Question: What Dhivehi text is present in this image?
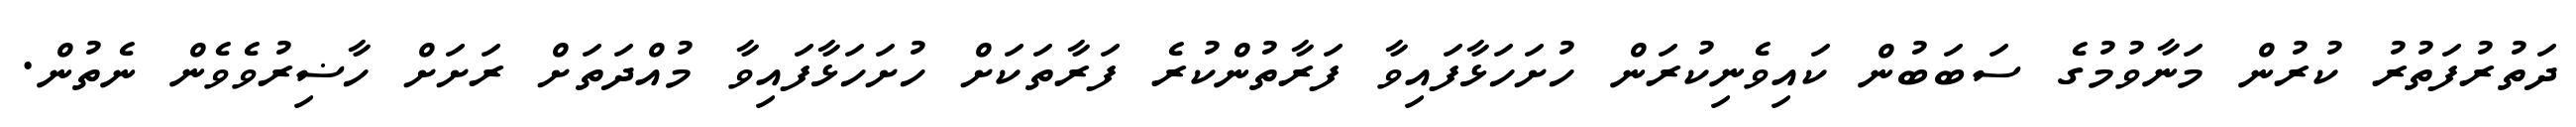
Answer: ދަތުރުފަތުރު ކުރުން މަނާވުމުގެ ސަބަބުން ކައިވެނިކުރަން ހުށަހަޅާފައިވާ ފަރާތުންކުރެ ފަރާތަކަށް ހުށަހަޅާފައިވާ މުއްދަތަށް ރަށަށް ހާޟިރުވެވެން ނެތުން.